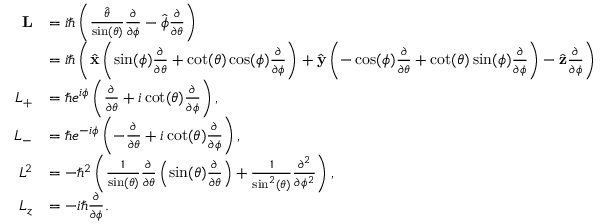
{ \begin{array} { r l } { \mathbf { L } } & { = i \hbar \left( { \frac { \hat { \boldsymbol { \theta } } } { \sin ( \theta ) } } { \frac { \partial } { \partial \phi } } - { \hat { \boldsymbol { \phi } } } { \frac { \partial } { \partial \theta } } \right) } \\ & { = i \hbar \left( { \hat { \mathbf { x } } } \left( \sin ( \phi ) { \frac { \partial } { \partial \theta } } + \cot ( \theta ) \cos ( \phi ) { \frac { \partial } { \partial \phi } } \right) + { \hat { \mathbf { y } } } \left( - \cos ( \phi ) { \frac { \partial } { \partial \theta } } + \cot ( \theta ) \sin ( \phi ) { \frac { \partial } { \partial \phi } } \right) - { \hat { \mathbf { z } } } { \frac { \partial } { \partial \phi } } \right) } \\ { L _ { + } } & { = \hbar e ^ { i \phi } \left( { \frac { \partial } { \partial \theta } } + i \cot ( \theta ) { \frac { \partial } { \partial \phi } } \right) , } \\ { L _ { - } } & { = \hbar e ^ { - i \phi } \left( - { \frac { \partial } { \partial \theta } } + i \cot ( \theta ) { \frac { \partial } { \partial \phi } } \right) , } \\ { L ^ { 2 } } & { = - \hbar ^ { 2 } \left( { \frac { 1 } { \sin ( \theta ) } } { \frac { \partial } { \partial \theta } } \left( \sin ( \theta ) { \frac { \partial } { \partial \theta } } \right) + { \frac { 1 } { \sin ^ { 2 } ( \theta ) } } { \frac { \partial ^ { 2 } } { \partial \phi ^ { 2 } } } \right) , } \\ { L _ { z } } & { = - i \hbar { \frac { \partial } { \partial \phi } } . } \end{array} }